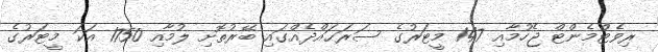
ރިވެޓްމެންޓް ޖެހުމާއި 147 މީޓަރުގެ ސަރަޙައްދެއްގައި ބޭރުތޮށި ލުމާއި 1750 އަކަ މީޓަރުގެ